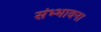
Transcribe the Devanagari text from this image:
संभ्भावना